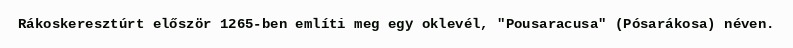
Rákoskeresztúrt először 1265-ben említi meg egy oklevél, "Pousaracusa" (Pósarákosa) néven.